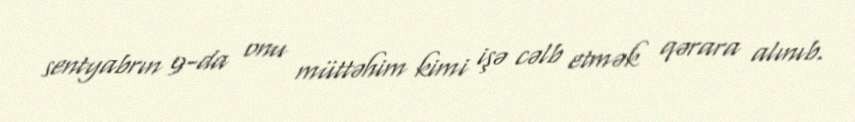
sentyabrın 9-da onu müttəhim kimi işə cəlb etmək qərara alınıb.